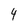
Character: 4